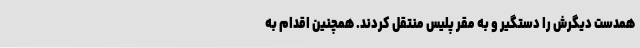
همدست دیگرش را دستگیر و به مقر پلیس منتقل کردند. همچنین اقدام به